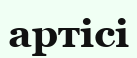
артісі